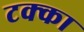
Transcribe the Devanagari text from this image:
टक्‍का